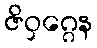
ဇိဝှဂ္ဂေန